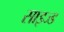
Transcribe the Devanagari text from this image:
साइज्ड